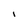
Character: I